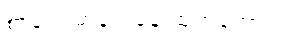
စာပေဗိမာန်ကနေ ထုတ်ခဲ့တာပါ။